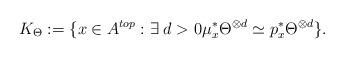
LaTeX: \begin{align*} K_\Theta:=\{x\in A^{top}:\exists\; d>0\mu_x^*\Theta^{\otimes d}\simeq p_x^*\Theta^{\otimes d}\}.\end{align*}